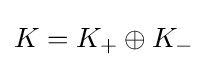
K=K_{+}\oplus K_{-}